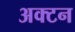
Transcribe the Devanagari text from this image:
अक्टन